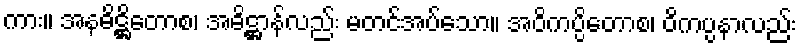
ကား။ အနဓိဋ္ဌိတောစ၊ အဓိဋ္ဌာန်လည်း မတင်အပ်သော။ အဝိကပ္ပိတောစ၊ ဝိကပ္ပနာလည်း